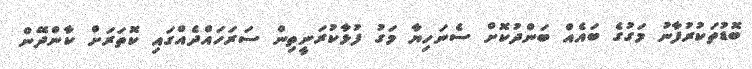
ބޮޑުތަކުރުފާނު މަގުގެ ބައެއް ބަންދުކޮށް ސެނަހިޔާ މަގު ފުޅާކުރަނީތިން ސަރަަހައްދެއްގައި ކޮތަރަށް ކާންދޭން